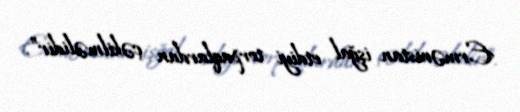
Ermənistan işğal etdiyi torpaqlardan çəkilməlidir”.